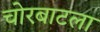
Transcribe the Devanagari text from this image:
चोरबाटला